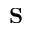
\mathbf { S }